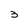
Character: 3